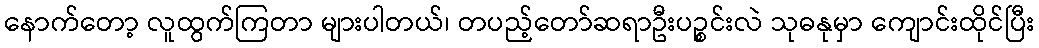
နောက်တော့ လူထွက်ကြတာ များပါတယ်၊ တပည့်တော်ဆရာဦးပဉ္စင်းလဲ သုဓနုမှာ ကျောင်းထိုင်ပြီး